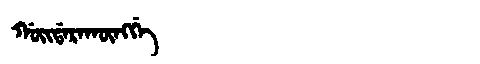
Manchu: ᡤᠣᡳᡩᠠᡵᠠᡴᡡᠩᡤᡝ
Romanization: GOIDARAKŪNGGE